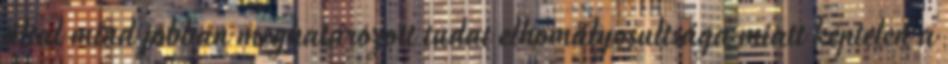
által mind jobban meghatározott tudat elhomályosultsága miatt képtelen a